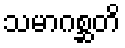
သမာဂစ္ဆတိ